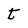
Character: t